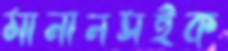
মানানসইক